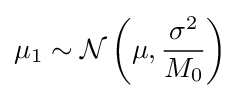
\mu _{1}\sim {\mathcal {N}}\left(\mu ,{\frac {\sigma ^{2}}{M_{0}}}\right)